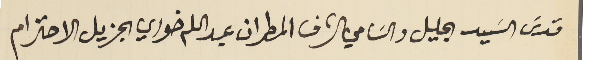
قدسَ السَيد الجليل والسَامي الشرف المطران عبد الله خوري الجزيل الاحترام